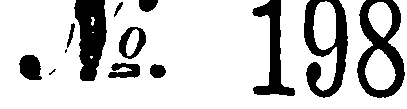
N°. 198.